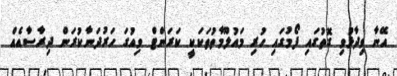
އޭނާ ވިދާޅުވި ގޮތުގައި ފޯމުގައި ހުރި މައުލޫމާތުތަކަކީ ކަރަންޓް ވިއުގަ ހަރުދަނާކުރަން ދިރާސާއެއް